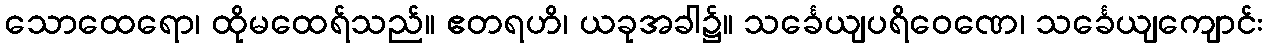
သောထေရော၊ ထိုမထေရ်သည်။ ဧတရဟိ၊ ယခုအခါ၌။ သင်္ခေယျပရိဝေဏေ၊ သင်္ခေယျကျောင်း